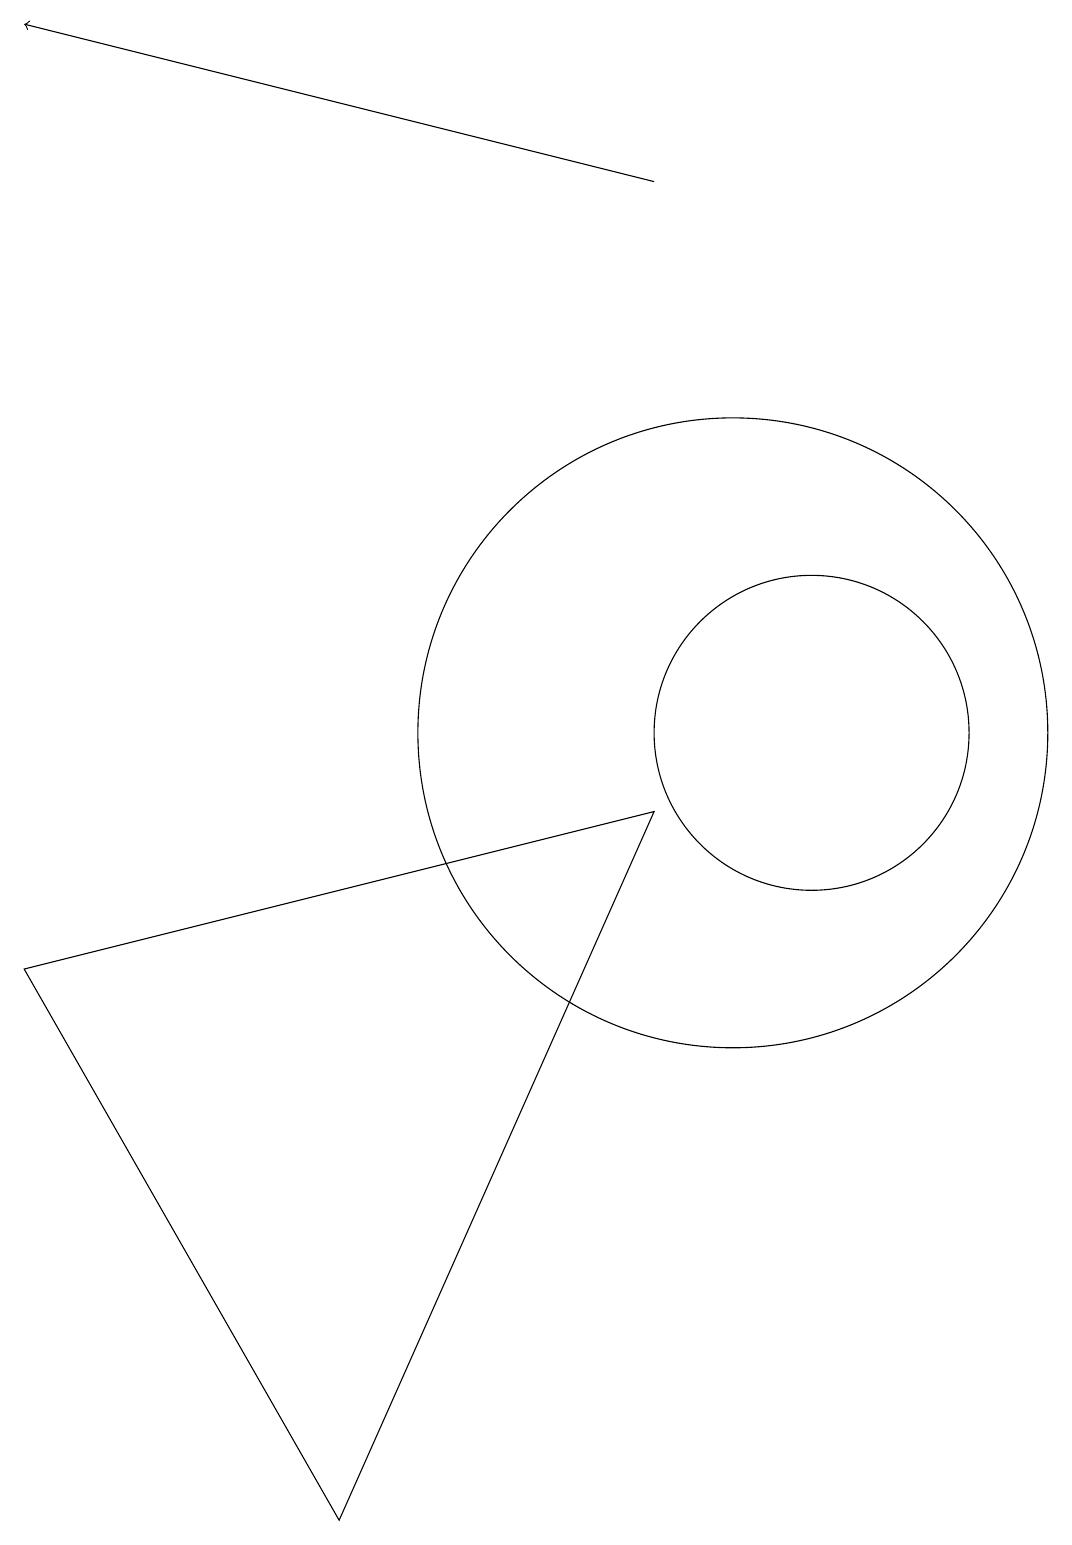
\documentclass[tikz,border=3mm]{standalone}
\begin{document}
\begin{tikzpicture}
\draw[->] (9,17) -- (1,19);
\draw (5,0) -- (9,9) -- (1,7) -- cycle;
\draw (11,10) circle (2);
\draw (10,10) circle (4);
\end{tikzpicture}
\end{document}